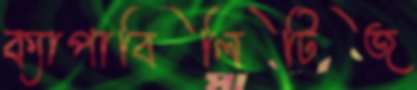
ক্যাপাবিলিটিজ